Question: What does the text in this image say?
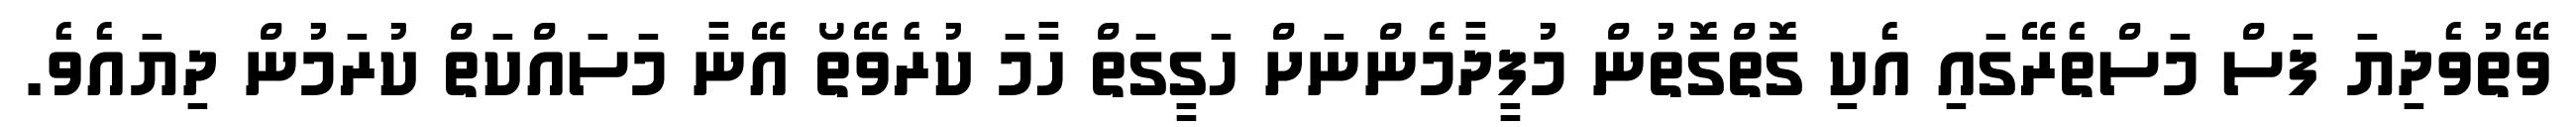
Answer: ވޭތުވެދިޔަ ފަސް މަސްތެރޭގައި އެކި ގޮތްގޮތުން މުފީދާމެންނަށް ހަގީގަތް ހާމަ ކުރެވޭތޯ އޭނާ މަސައްކަތް ކުރަމުން ދިޔައެވެ.